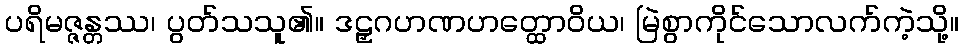
ပရိမဇ္ဇန္တဿ၊ ပွတ်သသူ၏။ ဒဠှဂဟဏဟတ္ထောဝိယ၊ မြဲစွာကိုင်သောလက်ကဲ့သို့။